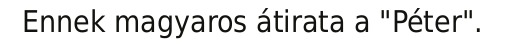
Ennek magyaros átirata a "Péter".